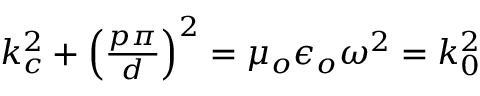
\begin{array} { r } { k _ { c } ^ { 2 } + \left( \frac { p \pi } { d } \right) ^ { 2 } = \mu _ { o } \epsilon _ { o } \omega ^ { 2 } = k _ { 0 } ^ { 2 } } \end{array}